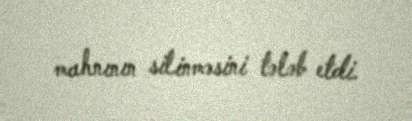
mahnının silinməsini tələb etdi.